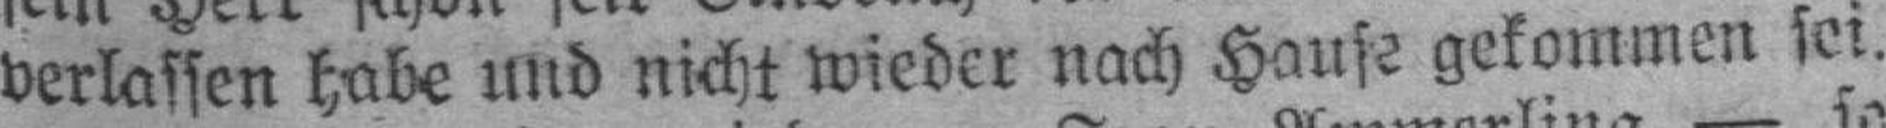
verlassen habe und nicht wieder nach Hause gekommen sei.